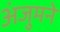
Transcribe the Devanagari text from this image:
अंजुमने